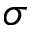
\sigma